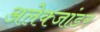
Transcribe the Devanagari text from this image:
अलेक्जांडर